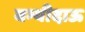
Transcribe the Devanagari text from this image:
बग्यीदाऊ